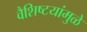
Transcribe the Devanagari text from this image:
वैशिष्टयांमुळे